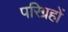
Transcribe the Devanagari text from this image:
परिग्रहों